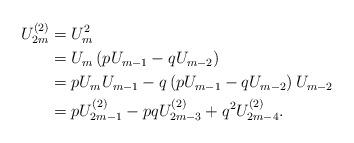
LaTeX: \begin{align*}U_{2m}^{(2)}&=U_{m}^{2} \\&=U_{m}\left( pU_{m-1}-qU_{m-2}\right) \\&=pU_{m}U_{m-1}-q\left( pU_{m-1}-qU_{m-2}\right) U_{m-2} \\&=pU_{2m-1}^{(2)}-pqU_{2m-3}^{(2)}+q^{2}U_{2m-4}^{(2)}.\end{align*}